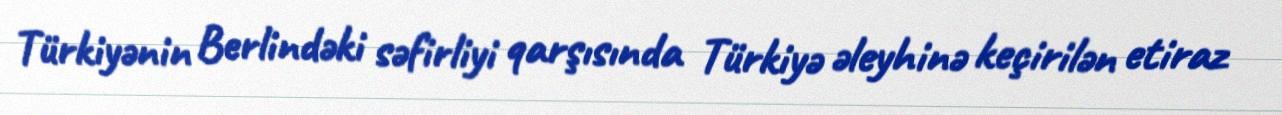
Türkiyənin Berlindəki səfirliyi qarşısında Türkiyə əleyhinə keçirilən etiraz